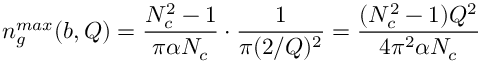
n _ { g } ^ { m a x } ( b , Q ) = { \frac { N _ { c } ^ { 2 } - 1 } { \pi \alpha N _ { c } } } \cdot { \frac { 1 } { \pi ( 2 / Q ) ^ { 2 } } } = { \frac { ( N _ { c } ^ { 2 } - 1 ) Q ^ { 2 } } { 4 \pi ^ { 2 } \alpha N _ { c } } }